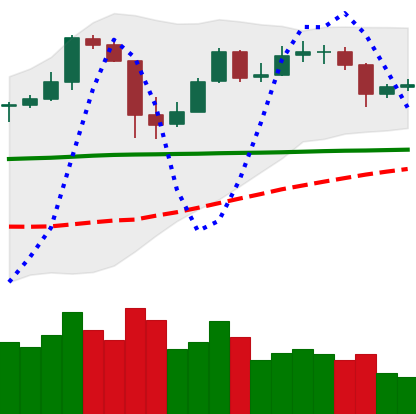
Ticker: BTC-USD
Chart end date: 2020-05-23
Forward return: 3.436%
Label: up_3_5